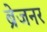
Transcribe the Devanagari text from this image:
ब्रेजनर